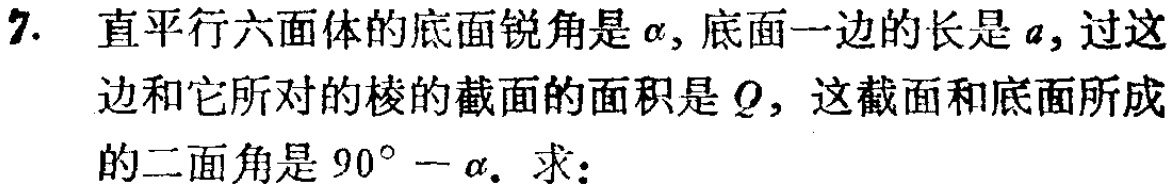
7. 直平行六面体的底面锐角是\(\alpha\)，底面一边的长是\(a\)，过这边和它所对的棱的截面的面积是\(Q\)，这截面和底面所成的二面角是\(90^{\circ}-\alpha\)。求：